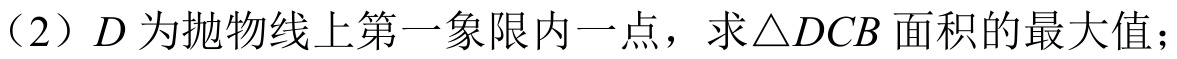
（2）$D$为抛物线上第一象限内一点，求$\triangle DCB$面积的最大值；